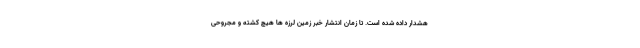
هشدار داده شده است. تا زمان انتشار خبر زمین لرزه ها هیچ کشته و مجروحی